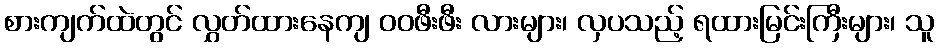
စားကျက်ထဲတွင် လွှတ်ထားနေကျ ဝဝဖီးဖီး လားများ၊ လှပသည့် ရထားမြင်းကြီးများ၊ သူ